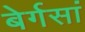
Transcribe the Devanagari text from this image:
बेर्गसां